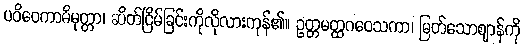
ပဝိဝေကာဓိမုတ္တာ၊ ဆိတ်ငြိမ်ခြင်းကိုလိုလားကုန်၏။ ဥတ္တမတ္ထဂဝေသကာ၊ မြတ်သောဈာန်ကို